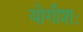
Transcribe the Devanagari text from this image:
योगीशः